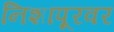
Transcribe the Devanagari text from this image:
निशापूरवर